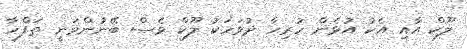
ލޫކް އާއި އެކު އުޅެން ހުރިހާ ދުވަހަކު ލޫކް ވެސް ބޭނުންވަނީ ތަފްހާ